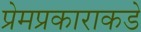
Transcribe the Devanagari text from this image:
प्रेमप्रकाराकडे